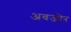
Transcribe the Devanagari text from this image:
अवजोर